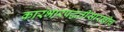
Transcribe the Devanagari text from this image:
कारभारपद्धतीसारखीच